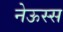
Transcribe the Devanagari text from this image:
नेऊस्स